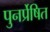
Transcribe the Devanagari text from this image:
पुनर्प्रेषित